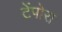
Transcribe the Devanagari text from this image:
टेंपोरा